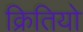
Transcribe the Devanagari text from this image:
क्रितियो